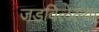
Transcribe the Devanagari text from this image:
जडविलेल्या